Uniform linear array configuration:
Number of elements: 4
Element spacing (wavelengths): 1
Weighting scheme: binomial
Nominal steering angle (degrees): -60
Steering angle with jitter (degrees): -61.172
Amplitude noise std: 0.05
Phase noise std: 0.05

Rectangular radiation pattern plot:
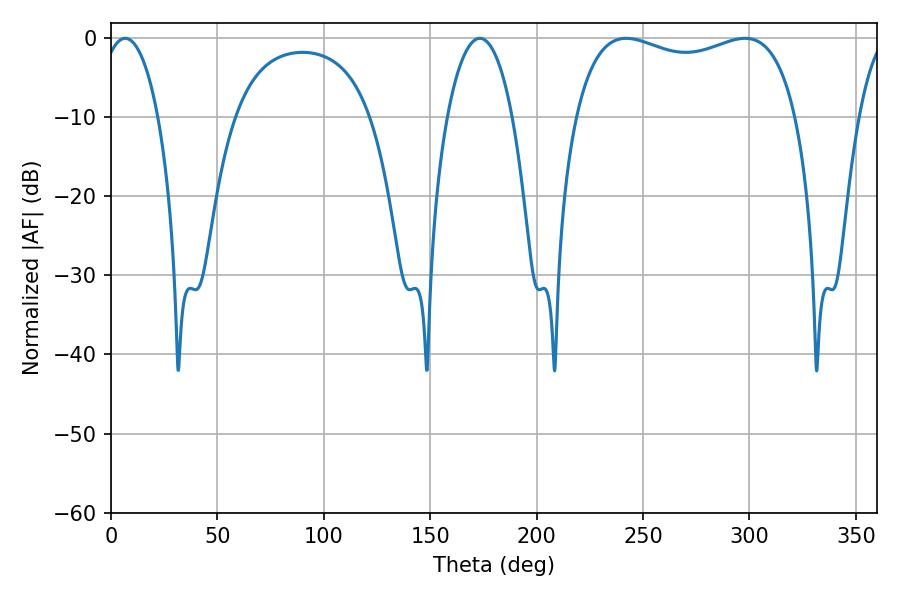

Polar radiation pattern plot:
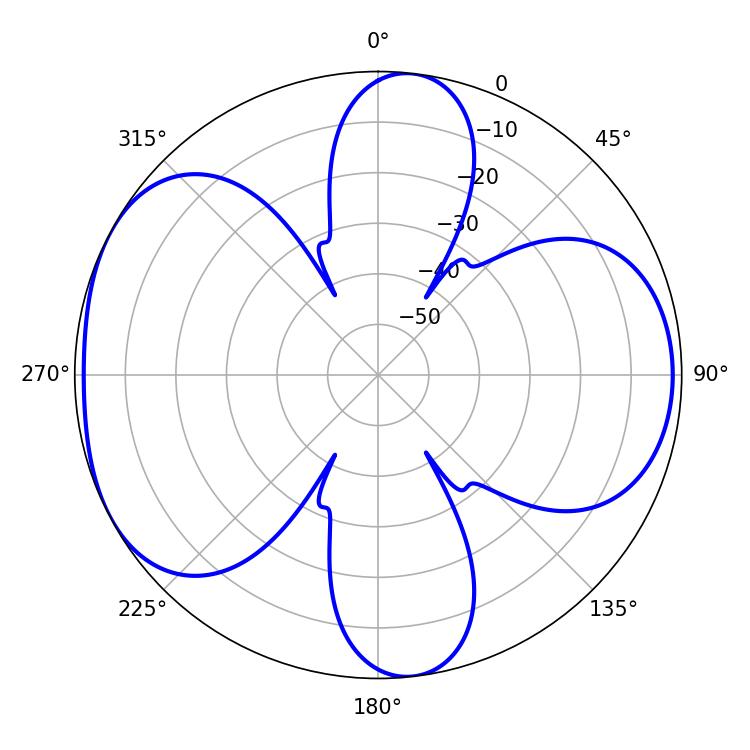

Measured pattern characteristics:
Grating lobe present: TRUE
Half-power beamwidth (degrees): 85.32
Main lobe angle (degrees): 242.1